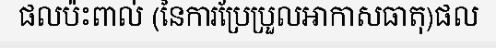
ផលប៉ះពាល់ (នៃការប្រែប្រួលអាកាសធាតុ)ផល